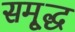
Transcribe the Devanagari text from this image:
समृ्द्ध